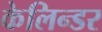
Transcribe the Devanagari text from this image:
केलिन्डर